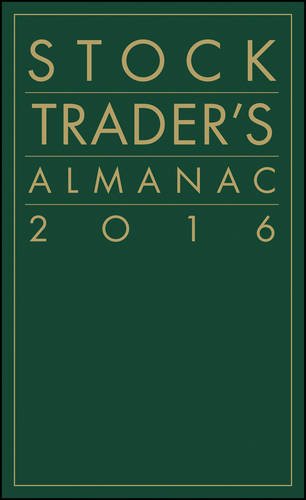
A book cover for Stock Trader's Almanac 2016 (Almanac Investor Series); Jeffrey A. Hirsch; Business & Money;